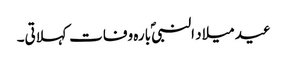
عید میلاد النبیؐ بارہ وفات کہلاتی۔